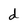
Character: d